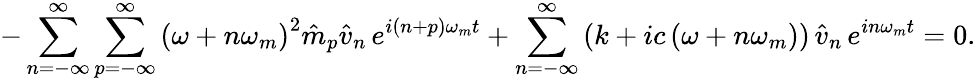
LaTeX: -\sum_{n=-\infty}^{\infty}\sum_{p=-\infty}^{\infty}\left(\omega+n\omega_{m}\right)^{2}\hat{m}_{p}\hat{v}_{n}\, e^{i(n+p)\omega_{m}t}+\sum_{n=-\infty}^{\infty}\left(k+ic\left(\omega+n\omega_{m}\right)\right)\, \hat{v}_{n}\, e^{in\omega_{m}t}=0.